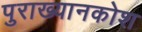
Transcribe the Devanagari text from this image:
पुराख्यानकोश